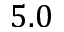
5 . 0